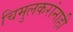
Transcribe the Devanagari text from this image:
चिमुलकरांनाही